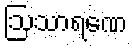
ဩသာရဏေ